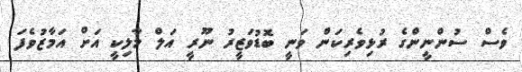
ވެސް ސުންނީންގެ ރުޅިވެރިކަން ވަނީ ބޮޑުވަޒީރު ނޫރީ އަލް މާލިކީ އަށް އަމާޒުވެފަ